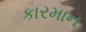
કારમાન